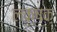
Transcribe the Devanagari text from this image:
लक्षक